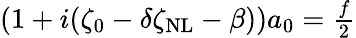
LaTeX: \begin{array}{r}{(1+i(\zeta_{0}-\delta\zeta_{\mathrm{NL}}-\beta))a_{0}=\frac{f}{2}}\end{array}